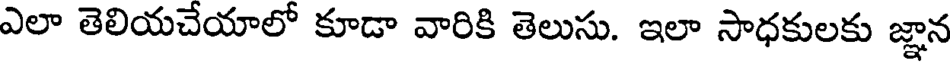
ఎలా తెలియచేయాలో కూడా వారికి తెలుసు. ఇలా సాధకులకు జ్ఞాన